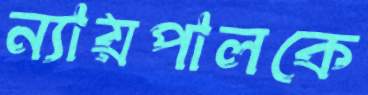
ন্যায়পালকে